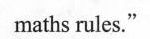
maths rules."